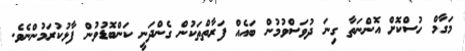
މަގާމް ހުސްކޮށް އޮންނަތާ ގިނަ ދުވަސްވުމުން ބައެއް ފަރާތްތަކުން ގެންދަނީ ކަންބޮޑުވުން ފާޅުކުރަމުންނެވެ.